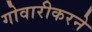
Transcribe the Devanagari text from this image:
गोवारीकरने